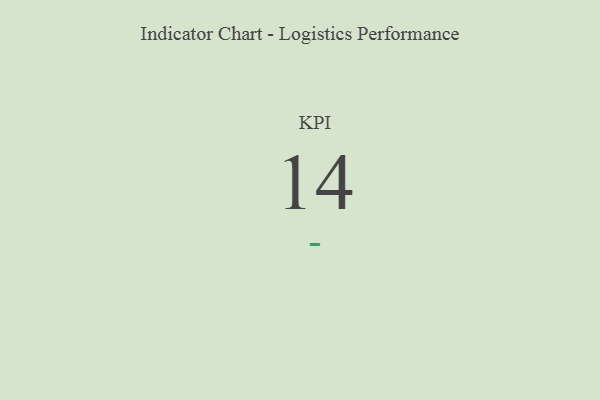
{"axis": {"x": "KPI", "y": "Value"}, "legend": [""], "data": [{"x": "KPI", "y": 14, "type": ""}]}